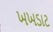
ખખડાટ